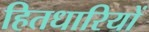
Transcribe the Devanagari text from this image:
हितधारियों